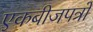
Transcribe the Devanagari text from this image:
एकबीजपत्रों